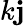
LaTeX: k\mathbf{j}